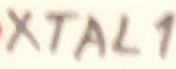
Text: XTAL1